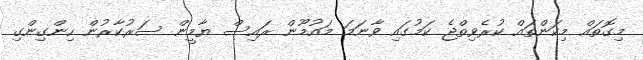
މިގޮތައް މިކަންތައް ކުރެވިތްޖެ ކަމުގައި ވާނަމަ މައުމޫން ރައިސް ޔާމީން ސަރުކާރުން ހިންގިންގި